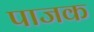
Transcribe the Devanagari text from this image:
पाजक